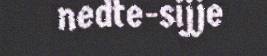
nedte-sijje